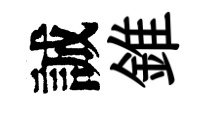
誠錐